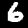
Digit: 6